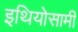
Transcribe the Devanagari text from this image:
इथियोसामी